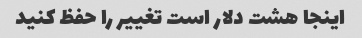
اینجا هشت دلار است تغییر را حفظ کنید